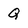
Character: Q